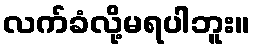
လက်ခံလို့မရပါဘူး။